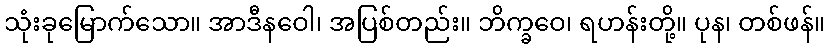
သုံးခုမြောက်သော။ အာဒီနဝေါ၊ အပြစ်တည်း။ ဘိက္ခဝေ၊ ရဟန်းတို့။ ပုန၊ တစ်ဖန်။